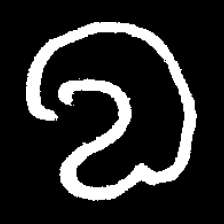
Pyu character \u2014 Myanmar letter: လ (romanized: la)